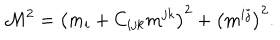
\mathcal { M } ^ { 2 } = \left( m _ { i } + C _ { i j k } m ^ { j k } \right) ^ { 2 } + \left( m ^ { i j } \right) ^ { 2 } .